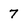
Character: 7